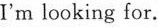
I'm looking for.